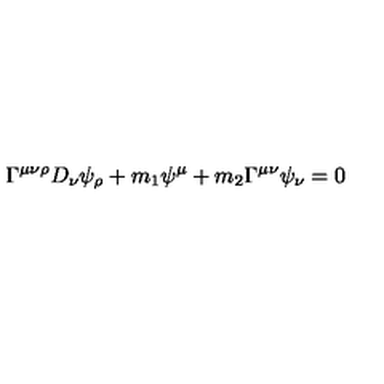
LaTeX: \Gamma ^ { \mu \nu \rho } D _ { \nu } \psi _ { \rho } + m _ { 1 } \psi ^ { \mu } + m _ { 2 } \Gamma ^ { \mu \nu } \psi _ { \nu } = 0